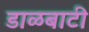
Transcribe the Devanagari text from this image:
डाळबाटी